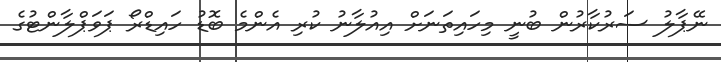
ނޭޕާލު ސަރުކާރުން ބުނީ މިހައިތަނަށް އިއުލާނު ކުރި އެންމެ ބޮޑު ހައިޑްރޯ ޕަވަޕްލާންޓުގެ